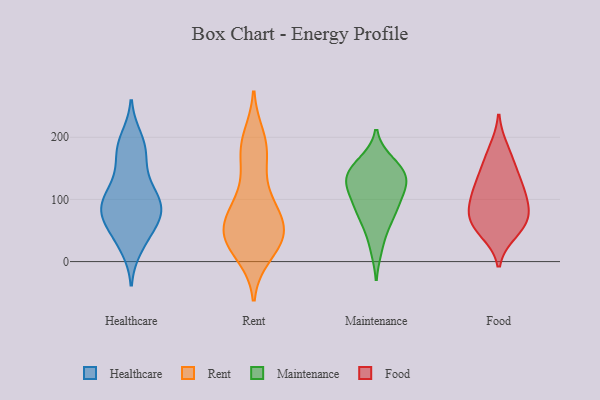
{"axis": {"x": "Waste Production (Tons)", "y": "Value"}, "legend": ["Food", "Healthcare", "Maintenance", "Rent"], "data": [{"x": "", "y": 107, "type": "Healthcare"}, {"x": "", "y": 181, "type": "Healthcare"}, {"x": "", "y": 174, "type": "Healthcare"}, {"x": "", "y": 161, "type": "Healthcare"}, {"x": "", "y": 66, "type": "Healthcare"}, {"x": "", "y": 90, "type": "Healthcare"}, {"x": "", "y": 23, "type": "Healthcare"}, {"x": "", "y": 94, "type": "Healthcare"}, {"x": "", "y": 83, "type": "Healthcare"}, {"x": "", "y": 40, "type": "Healthcare"}, {"x": "", "y": 106, "type": "Healthcare"}, {"x": "", "y": 127, "type": "Healthcare"}, {"x": "", "y": 120, "type": "Healthcare"}, {"x": "", "y": 190, "type": "Healthcare"}, {"x": "", "y": 198, "type": "Healthcare"}, {"x": "", "y": 32, "type": "Healthcare"}, {"x": "", "y": 81, "type": "Healthcare"}, {"x": "", "y": 72, "type": "Healthcare"}, {"x": "", "y": 69, "type": "Healthcare"}, {"x": "", "y": 73, "type": "Healthcare"}, {"x": "", "y": 154, "type": "Rent"}, {"x": "", "y": 43, "type": "Rent"}, {"x": "", "y": 44, "type": "Rent"}, {"x": "", "y": 171, "type": "Rent"}, {"x": "", "y": 84, "type": "Rent"}, {"x": "", "y": 92, "type": "Rent"}, {"x": "", "y": 181, "type": "Rent"}, {"x": "", "y": 11, "type": "Rent"}, {"x": "", "y": 200, "type": "Rent"}, {"x": "", "y": 51, "type": "Rent"}, {"x": "", "y": 32, "type": "Rent"}, {"x": "", "y": 95, "type": "Rent"}, {"x": "", "y": 44, "type": "Rent"}, {"x": "", "y": 98, "type": "Rent"}, {"x": "", "y": 193, "type": "Rent"}, {"x": "", "y": 42, "type": "Rent"}, {"x": "", "y": 53, "type": "Rent"}, {"x": "", "y": 51, "type": "Rent"}, {"x": "", "y": 13, "type": "Rent"}, {"x": "", "y": 73, "type": "Maintenance"}, {"x": "", "y": 148, "type": "Maintenance"}, {"x": "", "y": 134, "type": "Maintenance"}, {"x": "", "y": 117, "type": "Maintenance"}, {"x": "", "y": 100, "type": "Maintenance"}, {"x": "", "y": 65, "type": "Maintenance"}, {"x": "", "y": 87, "type": "Maintenance"}, {"x": "", "y": 159, "type": "Maintenance"}, {"x": "", "y": 130, "type": "Maintenance"}, {"x": "", "y": 125, "type": "Maintenance"}, {"x": "", "y": 150, "type": "Maintenance"}, {"x": "", "y": 23, "type": "Maintenance"}, {"x": "", "y": 180, "type": "Food"}, {"x": "", "y": 68, "type": "Food"}, {"x": "", "y": 124, "type": "Food"}, {"x": "", "y": 131, "type": "Food"}, {"x": "", "y": 61, "type": "Food"}, {"x": "", "y": 87, "type": "Food"}, {"x": "", "y": 109, "type": "Food"}, {"x": "", "y": 158, "type": "Food"}, {"x": "", "y": 94, "type": "Food"}, {"x": "", "y": 61, "type": "Food"}, {"x": "", "y": 48, "type": "Food"}]}